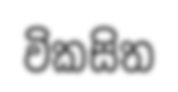
විකසිත